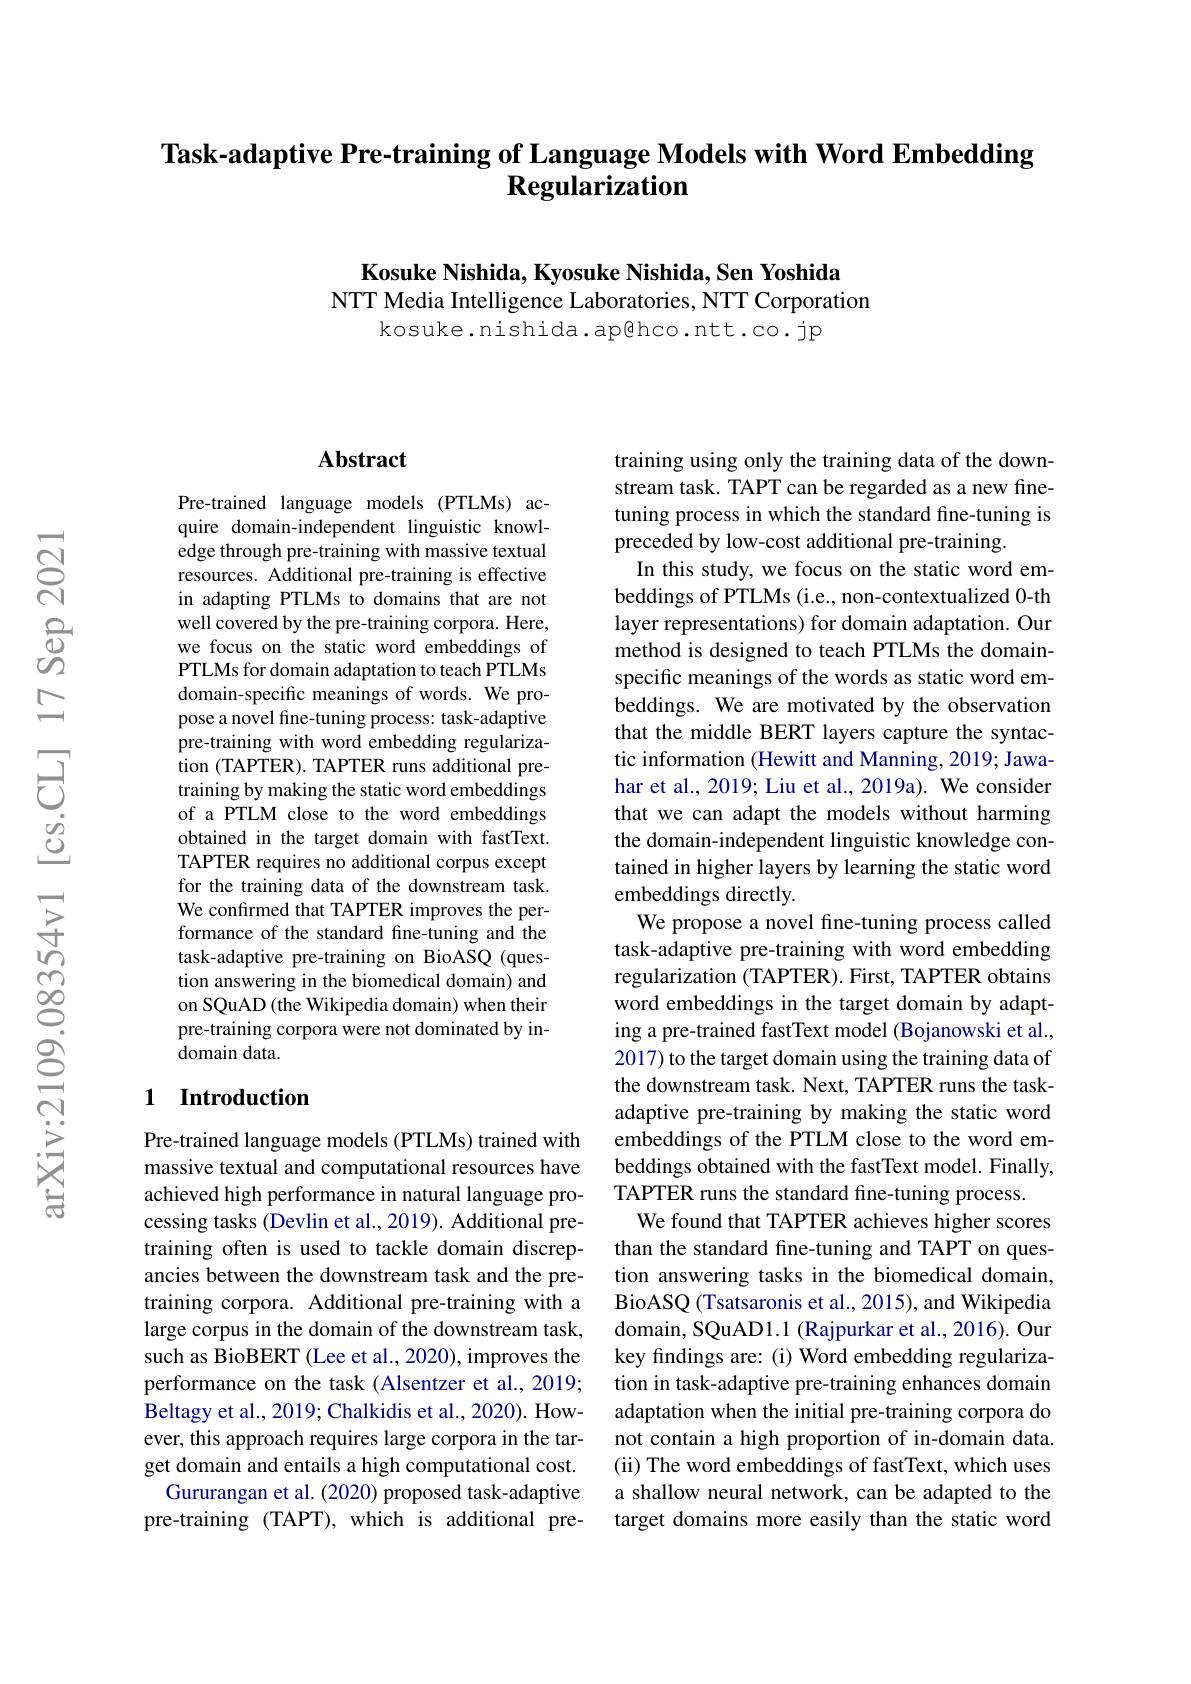
Task-adaptive Pre-training of Language Models with Word Embedding
# Regularization

Kosuke Nishida, Kyosuke Nishida, Sen Yoshida
NTT Media Intelligence Laboratories, NTT Corporation
kosuke.nishida.ap@hco.ntt.co.jp

### $\mathbf{Abstract}$

Pre-trained language models (PTLMs) acquire domain-independent linguistic knowledge through pre-training with massive textual resources. Additional pre-training is effective in adapting PTLMs to domains that are not well covered by the pre-training corpora. Here, we focus on the static word embeddings of PTLMs for domain adaptation to teach PTLMs domain-specific meanings of words. We propose a novel fine-tuning process: task-adaptive pre-training with word embedding regularization (TAPTER). TAPTER runs additional pretraining by making the static word embeddings of a PTLM close to the word embeddings obtained in the target domain with fastText. TAPTER requires no additional corpus except for the training data of the downstream task. We confirmed that TAPTER improves the performance of the standard fine-tuning and the task-adaptive pre-training on BioASQ (question answering in the biomedical domain) and on SQuAD (the Wikipedia domain) when their pre-training corpora were not dominated by indomain data.

## 1 Introduction

Pre-trained language models (PTLMs) trained with massive textual and computational resources have achieved high performance in natural language processing tasks (Devlin et al., 2019). Additional pretraining often is used to tackle domain discrepancies between the downstream task and the pretraining corpora. Additional pre-training with a large corpus in the domain of the downstream task, such as BioBERT (Lee et al., 2020), improves the performance on the task (Alsentzer et al., 2019; Beltagy et al., 2019; Chalkidis et al., 2020). However, this approach requires large corpora in the target domain and entails a high computational cost.
Gururangan et al. (2020) proposed task-adaptive pre-training (TAPT),which is additional pre-

training using only the training data of the downstream task. TAPT can be regarded as a new finetuning process in which the standard fine-tuning is preceded by low-cost additional pre-training.
In this study, we focus on the static word embeddings of PTLMs (i.e., non-contextualized 0-th layer representations) for domain adaptation. Our method is designed to teach PTLMs the domainspecific meanings of the words as static word embeddings. We are motivated by the observation that the middle BERT layers capture the syntactic information (Hewitt and Manning, 2019; Jawahar et al., 2019; Liu et al., 2019a). We consider that we can adapt the models without harming the domain-independent linguistic knowledge contained in higher layers by learning the static word embeddings directly.
We propose a novel fine-tuning process called task-adaptive pre-training with word embedding regularization (TAPTER). First, TAPTER obtains word embeddings in the target domain by adapting a pre-trained fastText model (Bojanowski et al., 2017) to the target domain using the training data of the downstream task. Next, TAPTER runs the taskadaptive pre-training by making the static word embeddings of the PTLM close to the word embeddings obtained with the fastText model. Finally, TAPTER runs the standard fine-tuning process.
We found that TAPTER achieves higher scores than the standard fine-tuning and TAPT on question answering tasks in the biomedical domain, BioASQ (Tsatsaronis et al., 2015), and Wikipedia domain, SQuAD1.1 (Rajpurkar et al., 2016). Our key findings are: (i) Word embedding regularization in task-adaptive pre-training enhances domain adaptation when the initial pre-training corpora do not contain a high proportion of in-domain data. (ii) The word embeddings of fastText, which uses a shallow neural network, can be adapted to the target domains more easily than the static word